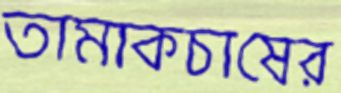
তামাকচাষের